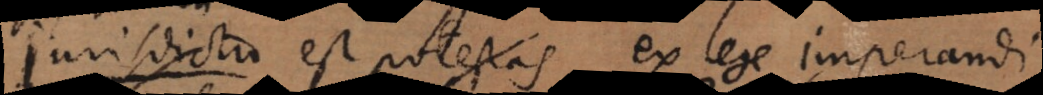
Jurisdictio est potestas ex lege imperandi